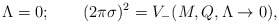
\begin{align*}\Lambda = 0; \qquad(2\pi\sigma)^2 = V_-(M,Q,\Lambda\to0),\end{align*}